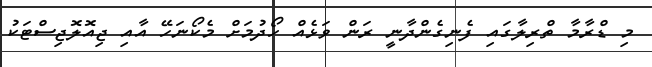
މި ޑްރާމާ ތްރިލާގައި ފެނިގެންދާނީ ރަން ވަޅެއް ހޯދުމަށް މެކޯނަހޭ އާއި ޖިއޮލޮޖިސްޓަކު